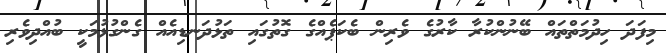
މިފަދަ ހިދުމަތްތައް ބޭނުންކުރާ ކާރުގެ ވެރިން ބެކަޕެއްގެ ގޮތުގައި ތަޅުދަނޑިއެއް ގެންގުޅުމަކީ ބުއްދިވެރި